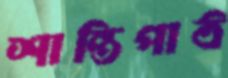
শান্তিপাঠ